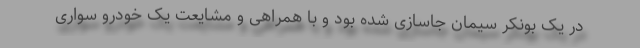
در یک بونکر سیمان جاسازی شده بود و با همراهی و مشایعت یک خودرو سواری